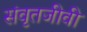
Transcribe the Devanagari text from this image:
संवृतजीवी